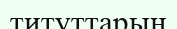
титуттарын